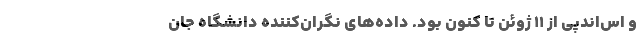
و اس‌اندپی از ۱۱ ژوئن تا کنون بود. داده‌های نگران‌کننده دانشگاه جان